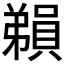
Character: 𪫃